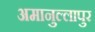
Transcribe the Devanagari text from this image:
अमानुल्लापुर